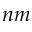
n m